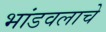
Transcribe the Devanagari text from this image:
भांडवलाचे